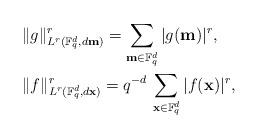
LaTeX: \begin{align*}&\|g\|_{L^r(\mathbb F_q^d, d\textbf{m})}^r = \sum_{\textbf{m} \in \mathbb F_q^d} |g(\textbf{m})|^r,\\& \|f\|_{L^r(\mathbb F_q^d, d\textbf{x})}^r = q^{-d}\,\sum_{\textbf{x} \in \mathbb F_q^d} |f(\textbf{x})|^r,\end{align*}